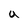
Character: a